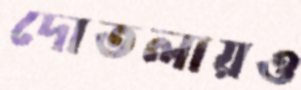
দোতলায়ও